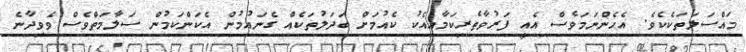
މައްސަލަތަކެކެވެ. އެހެންނަމަވެސް އެއީ ފަރުވާތެރިކަމާއިއެކު ކެއުމަށް ބަދަލުތަކެއް ގެނައުމުން އެކަންކަމުން ސަލާމަތްވެސް ވެވިދާނެ